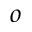
o